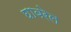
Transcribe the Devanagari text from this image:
घाबरेल